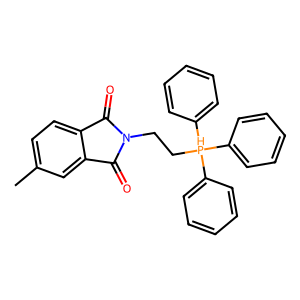
SMILES: Cc1ccc2c(c1)C(=O)N(CC[PH](c1ccccc1)(c1ccccc1)c1ccccc1)C2=O
Inhibits HIV replication: No